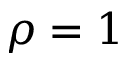
\rho = 1